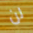
لن